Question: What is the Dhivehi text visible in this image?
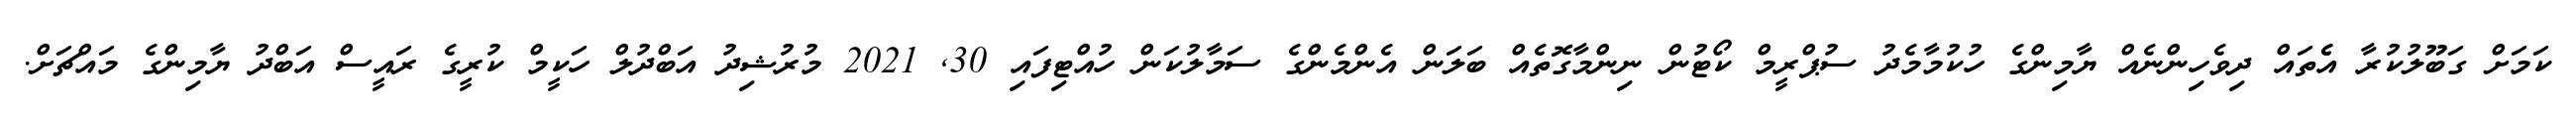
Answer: ކަމަށް ގަބޫލުކުރާ އެެތައް ދިވެހިންނެއް ޔާމިންގެ ހުކުމާމެދު ސުޕްރީމް ކޯޓުން ނިންމާގޮތެއް ބަލަން އެންމެންގެ ސަމާލުކަން ހުއްޓިފައި 30, 2021 މުރުޝިދު އަބްދުލް ހަކީމް ކުރީގެ ރައީސް އަބްދު ޔާމިންގެ މައްޗަށް.